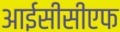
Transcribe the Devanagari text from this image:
आईसीसीएफ